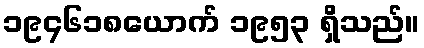
၁၉၄၆၁၈ယောက် ၁၉၅၃ ရှိသည်။